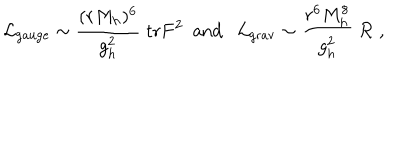
LaTeX: { \cal L } _ { \mathrm { g a u g e } } \sim { \frac { ( r M _ { h } ) ^ { 6 } } { g _ { h } ^ { 2 } } } \; \mathrm { t r } F ^ { 2 } \ \ \mathrm { a n d } \ \ \ { \cal L } _ { \mathrm { g r a v } } \sim { \frac { r ^ { 6 } M _ { h } ^ { 8 } } { g _ { h } ^ { 2 } } } \; { \cal R } \ ,